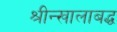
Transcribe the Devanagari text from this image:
श्रीन्खालाबद्ध